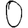
Digit: 0